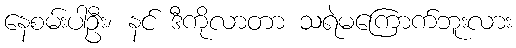
နေစမ်းပါဦး၊ နင် ဒီကိုလာတာ သရဲမကြောက်ဘူးလား